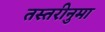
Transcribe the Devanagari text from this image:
तस्तरीनुमा